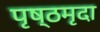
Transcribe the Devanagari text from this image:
पृष्ठमृदा